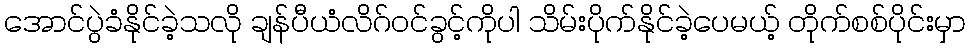
အောင်ပွဲခံနိုင်ခဲ့သလို ချန်ပီယံလိဂ်ဝင်ခွင့်ကိုပါ သိမ်းပိုက်နိုင်ခဲ့ပေမယ့် တိုက်စစ်ပိုင်းမှာ